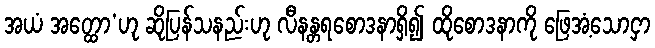
အယံ အတ္ထော’ဟု ဆိုပြန်သနည်းဟု လီနန္တရစောဒနာရှိ၍ ထိုစောဒနာကို ဖြေအံ့သောငှာ